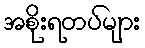
အစိုးရတပ်များ